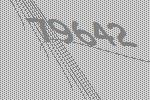
79642